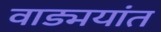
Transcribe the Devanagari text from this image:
वाड्मयांत